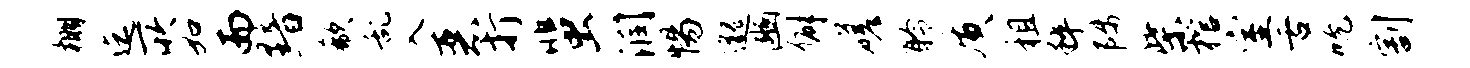
棚迄所如而黯欷乱入恶打蜚润惕邈豳僻磋聆质租粹陟柴棺室舌吮割